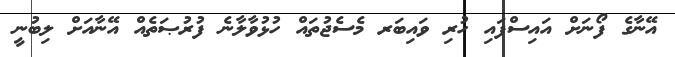
އޭނާގެ ފޯނަށް އައިސްފައި ހުރި ވައިބަރ މެސެޖުތައް ހުޅުވާލާނެ ފުރުޞަތެއް އޭނާއަށް ލިބުނީ